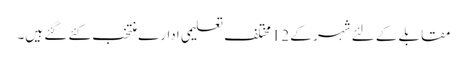
مقابلے کے لئے شہر کے 12مختلف تعلیمی ادارے منتخب کئے گئے ہیں۔